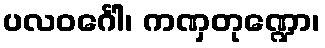
ပလဝင်္ဂေါ၊ ကဏှတုဏ္ဍော၊